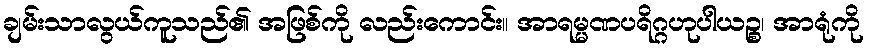
ချမ်းသာလွယ်ကူသည်၏ အဖြစ်ကို လည်းကောင်း။ အာရမ္မဏပရိဂ္ဂဟုပါယဉ္စ၊ အာရုံကို